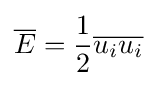
{\overline {E}}={\frac {1}{2}}{\overline {u_{i}u_{i}}}